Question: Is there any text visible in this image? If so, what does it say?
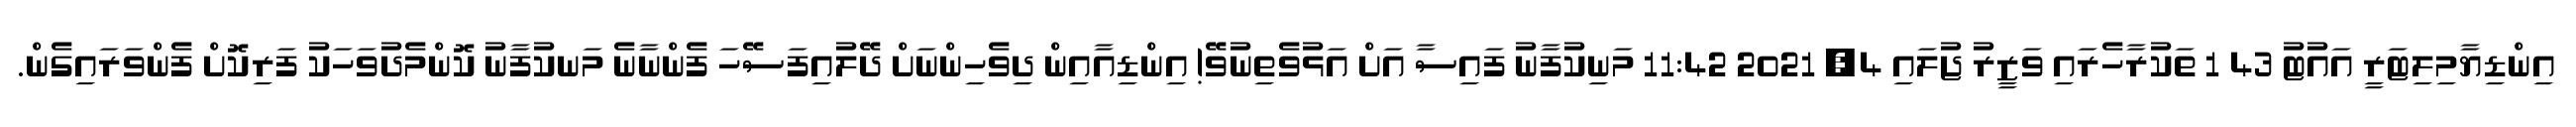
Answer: އިންޑިޔާމިލިޓަރީ އައުޓު 43 1 ތަކުރާހެރައި ވަޒީރު ޖުލައި 4, 2021 11:42 މަނިކުފާނު ފައިސާ އަށް އަޅުވެތިނުވޭ! އިންޑިއާއިން ދިވެހިންނަށް ދޭލުއިފަސޭހަ ފެންނާނެ މަނކުފާނު ކޮންމެދުވަހަކު ފަރިކޮށް ފެންވަރައިގެން.